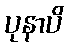
ပုနာပိ